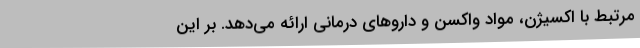
مرتبط با اکسیژن، مواد واکسن و داروهای درمانی ارائه می‌دهد. بر این